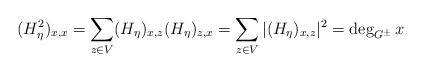
LaTeX: \begin{align*} (H_{\eta}^2)_{x,x} = \sum_{z \in V} (H_{\eta})_{x,z} (H_{\eta})_{z,x}= \sum_{z \in V} |(H_{\eta})_{x,z}|^2 = \deg_{G^{\pm}} x\end{align*}